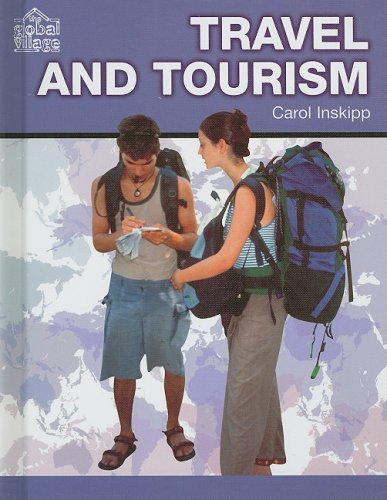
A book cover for Travel and Tourism (The Global Village); Carol Inskipp; Teen & Young Adult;